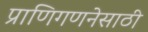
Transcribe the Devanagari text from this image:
प्राणिगणनेसाठी